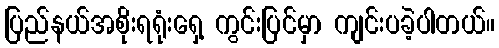
ပြည်နယ်အစိုးရရုံးရှေ့ ကွင်းပြင်မှာ ကျင်းပခဲ့ပါတယ်။